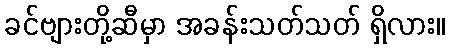
ခင်ဗျားတို့ဆီမှာ အခန်းသတ်သတ် ရှိလား။